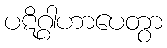
ပဋိဂ္ဂါဟာပေတွာ